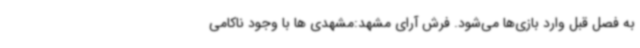
به فصل قبل وارد بازی‌ها می‌شود. فرش آرای مشهد:مشهدی ها با وجود ناکامی